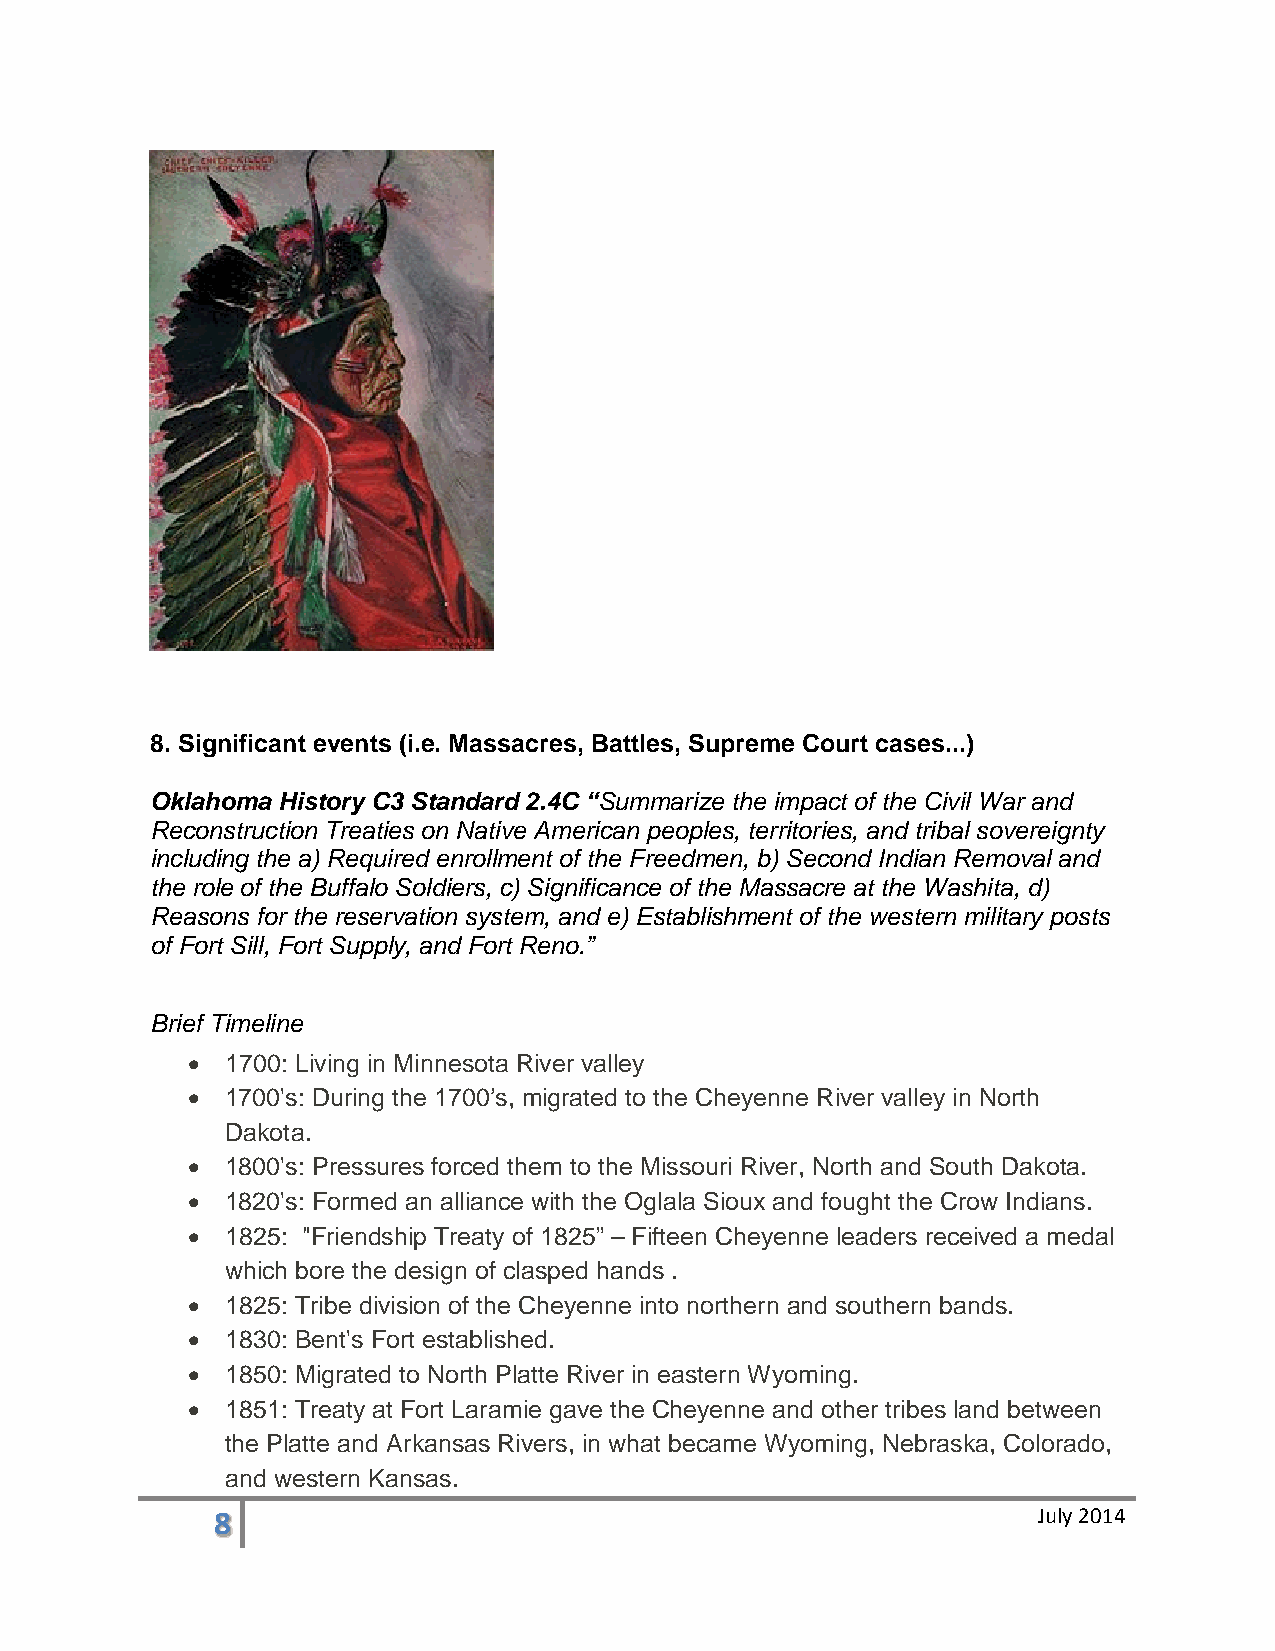
8. Significant events (i.e. Massacres, Battles, Supreme Court cases...)
 Oklahoma History C3 Standard 2.4C “Summarize the impact of the Civil War and
 Reconstruction Treaties on Native American peoples, territories, and tribal sovereignty
 including the a) Required enrollment of the Freedmen, b) Second Indian Removal and
 the role of the Buffalo Soldiers, c) Significance of the Massacre at the Washita, d)
 Reasons for the reservation system, and e) Establishment of the western military posts
 of Fort Sill, Fort Supply, and Fort Reno.”
 Brief Timeline
 •  1700: Living in Minnesota River valley
 •  1700's: During the 1700’s, migrated to the Cheyenne River valley in North
 Dakota.
 •  1800's: Pressures forced them to the Missouri River, North and South Dakota.
 •  1820's: Formed an alliance with the Oglala Sioux and fought the Crow Indians.
 •  1825: "Friendship Treaty of 1825” – Fifteen Cheyenne leaders received a medal
 which bore the design of clasped hands .
 •  1825: Tribe division of the Cheyenne into northern and southern bands.
 •  1830: Bent's Fort established.
 •  1850: Migrated to North Platte River in eastern Wyoming.
 •  1851: Treaty at Fort Laramie gave the Cheyenne and other tribes land between
 the Platte and Arkansas Rivers, in what became Wyoming, Nebraska, Colorado,
 and western Kansas.
 8                                                      July 2014